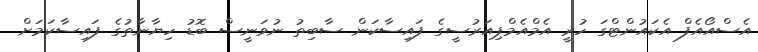
އެސްއޯއެފް އެކައުންޓްގަ ހުރީ އެމްއެމްޕިއަރުސީގެ ފައިސާކަން ސާބިތު ނުވަނީސް ބޮޑު ހިޔާނާތުގެ ފައިސާކަމަށް